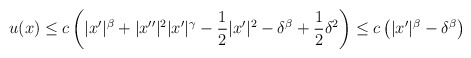
\begin{align*}u(x)\leq c \left(|x'|^{\beta} + |x''|^2 |x'|^{\gamma} - \frac12 |x'|^2 - \delta^{\beta} + \frac12\delta^{2}\right)\leq c \left(|x'|^{\beta} - \delta^{\beta}\right)\end{align*}